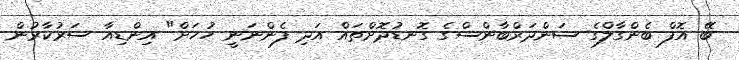
ބޭ އޮފް ބެންގާލްގެ ސަންދަރްބާންސްގެ ގޮނޑުދޮށްތައް އަދި ފެންނަނީ ހުހަށް" އިންޑިއާ ސަރުކާރުން